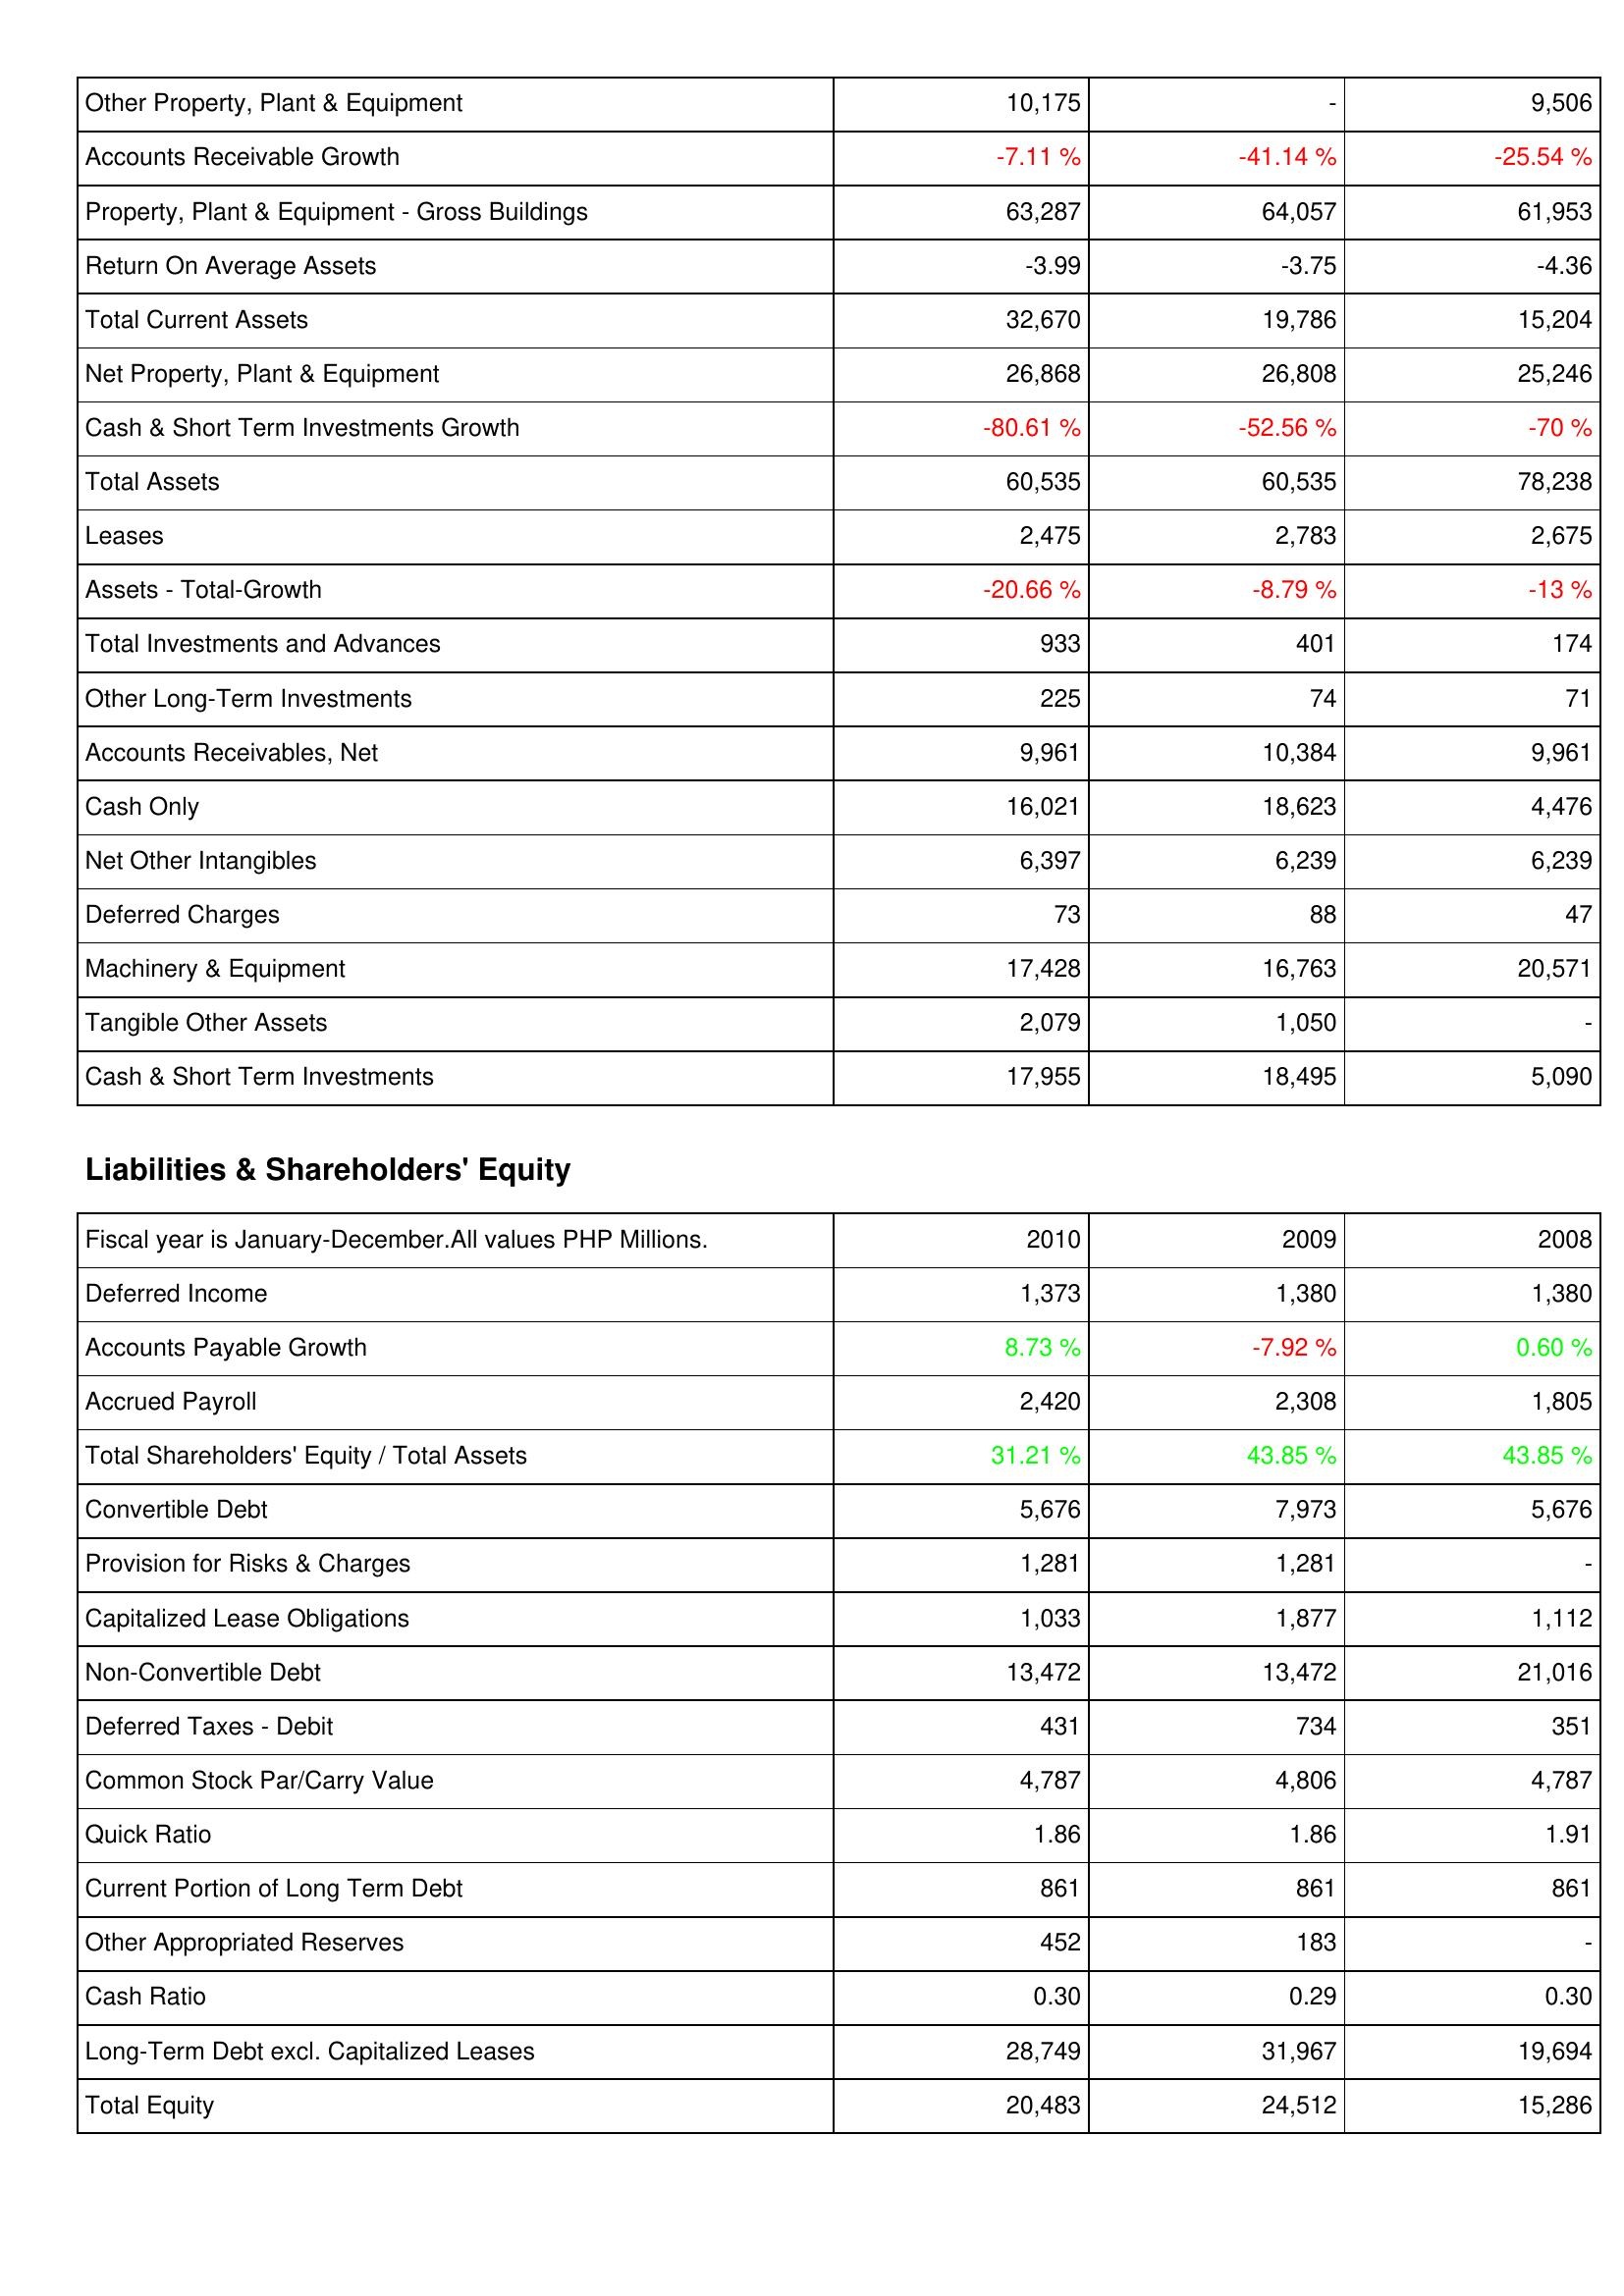
2010: Assets: Other Property, Plant & Equipment: 10,175
Accounts Receivable Growth: -7.11 %
Property, Plant & Equipment - Gross Buildings: 63,287
Return On Average Assets: -3.99
Total Current Assets: 32,670
Net Property, Plant & Equipment: 26,868
Cash & Short Term Investments Growth: -80.61 %
Total Assets: 60,535
Leases: 2,475
Assets - Total-Growth: -20.66 %
Total Investments and Advances: 933
Other Long-Term Investments: 225
Accounts Receivables, Net: 9,961
Cash Only: 16,021
Net Other Intangibles: 6,397
Deferred Charges: 73
Machinery & Equipment: 17,428
Tangible Other Assets: 2,079
Cash & Short Term Investments: 17,955
Liabilities & Shareholders' Equity: Deferred Income: 1,373
Accounts Payable Growth: 8.73 %
Accrued Payroll: 2,420
Total Shareholders' Equity / Total Assets: 31.21 %
Convertible Debt: 5,676
Provision for Risks & Charges: 1,281
Capitalized Lease Obligations: 1,033
Non-Convertible Debt: 13,472
Deferred Taxes - Debit: 431
Common Stock Par/Carry Value: 4,787
Quick Ratio: 1.86
Current Portion of Long Term Debt: 861
Other Appropriated Reserves: 452
Cash Ratio: 0.30
Long-Term Debt excl. Capitalized Leases: 28,749
Total Equity: 20,483
2009: Assets: Other Property, Plant & Equipment: -
Accounts Receivable Growth: -41.14 %
Property, Plant & Equipment - Gross Buildings: 64,057
Return On Average Assets: -3.75
Total Current Assets: 19,786
Net Property, Plant & Equipment: 26,808
Cash & Short Term Investments Growth: -52.56 %
Total Assets: 60,535
Leases: 2,783
Assets - Total-Growth: -8.79 %
Total Investments and Advances: 401
Other Long-Term Investments: 74
Accounts Receivables, Net: 10,384
Cash Only: 18,623
Net Other Intangibles: 6,239
Deferred Charges: 88
Machinery & Equipment: 16,763
Tangible Other Assets: 1,050
Cash & Short Term Investments: 18,495
Liabilities & Shareholders' Equity: Deferred Income: 1,380
Accounts Payable Growth: -7.92 %
Accrued Payroll: 2,308
Total Shareholders' Equity / Total Assets: 43.85 %
Convertible Debt: 7,973
Provision for Risks & Charges: 1,281
Capitalized Lease Obligations: 1,877
Non-Convertible Debt: 13,472
Deferred Taxes - Debit: 734
Common Stock Par/Carry Value: 4,806
Quick Ratio: 1.86
Current Portion of Long Term Debt: 861
Other Appropriated Reserves: 183
Cash Ratio: 0.29
Long-Term Debt excl. Capitalized Leases: 31,967
Total Equity: 24,512
2008: Assets: Other Property, Plant & Equipment: 9,506
Accounts Receivable Growth: -25.54 %
Property, Plant & Equipment - Gross Buildings: 61,953
Return On Average Assets: -4.36
Total Current Assets: 15,204
Net Property, Plant & Equipment: 25,246
Cash & Short Term Investments Growth: -70 %
Total Assets: 78,238
Leases: 2,675
Assets - Total-Growth: -13 %
Total Investments and Advances: 174
Other Long-Term Investments: 71
Accounts Receivables, Net: 9,961
Cash Only: 4,476
Net Other Intangibles: 6,239
Deferred Charges: 47
Machinery & Equipment: 20,571
Tangible Other Assets: -
Cash & Short Term Investments: 5,090
Liabilities & Shareholders' Equity: Deferred Income: 1,380
Accounts Payable Growth: 0.60 %
Accrued Payroll: 1,805
Total Shareholders' Equity / Total Assets: 43.85 %
Convertible Debt: 5,676
Provision for Risks & Charges: -
Capitalized Lease Obligations: 1,112
Non-Convertible Debt: 21,016
Deferred Taxes - Debit: 351
Common Stock Par/Carry Value: 4,787
Quick Ratio: 1.91
Current Portion of Long Term Debt: 861
Other Appropriated Reserves: -
Cash Ratio: 0.30
Long-Term Debt excl. Capitalized Leases: 19,694
Total Equity: 15,286